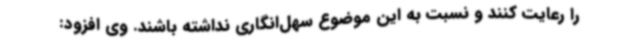
را رعایت کنند و نسبت به این موضوع سهل‌انگاری نداشته باشند. وی افزود: